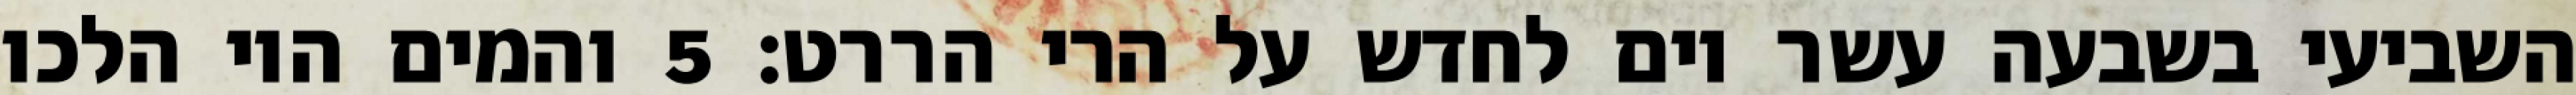
השביעי בשבעה עשר יום לחדש על הרי הררט׃ ‎5‏ והמים היו הלכו